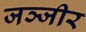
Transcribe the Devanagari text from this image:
जञ्जीर